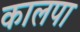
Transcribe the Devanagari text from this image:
कालपा